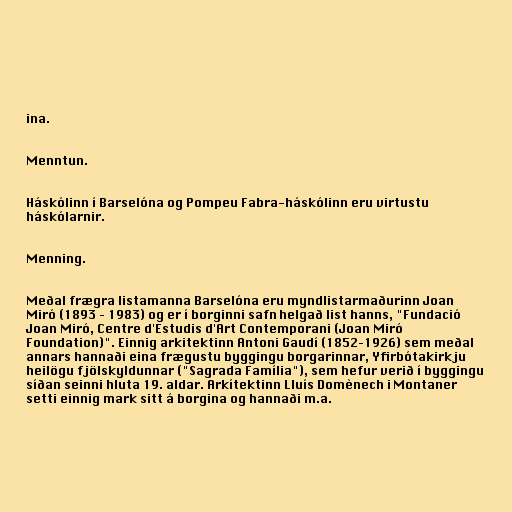
ina.

Menntun.

Háskólinn í Barselóna og Pompeu Fabra-háskólinn eru virtustu
háskólarnir.

Menning.

Meðal frægra listamanna Barselóna eru myndlistarmaðurinn Joan
Miró (1893 – 1983) og er í borginni safn helgað list hanns, "Fundació
Joan Miró, Centre d'Estudis d'Art Contemporani (Joan Miró
Foundation)". Einnig arkitektinn Antoni Gaudí (1852–1926) sem meðal
annars hannaði eina frægustu byggingu borgarinnar, Yfirbótakirkju
heilögu fjölskyldunnar ("Sagrada Família"), sem hefur verið í byggingu
síðan seinni hluta 19. aldar. Arkítektinn Lluís Domènech i Montaner
setti einnig mark sitt á borgina og hannaði m.a.